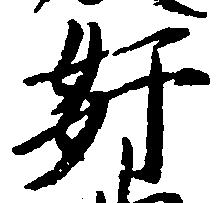
奸